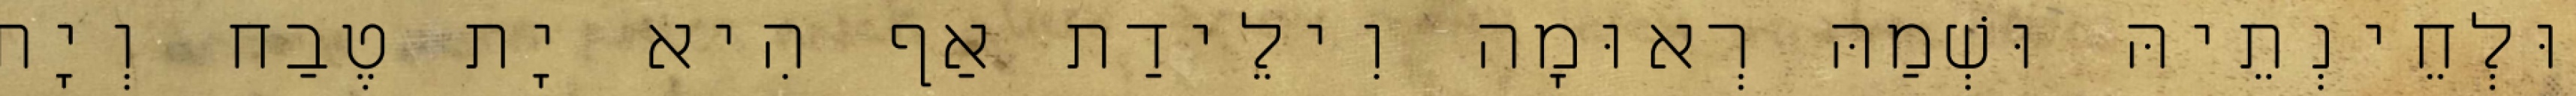
וּלְחֵינְתֵיהּ וּשְׁמַהּ רְאוּמָה וִילֵידַת אַף הִיא יָת טֶבַח וְיָת